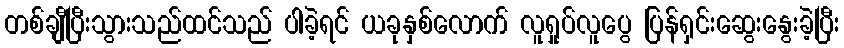
တစ်ချီပြီးသွားသည်ထင်သည် ပါခဲ့ရင် ယခုနှစ်လောက် လူရှုပ်လူပွေ ပြန်ရှင်းဆွေးနွေးခဲ့ပြီး